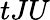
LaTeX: tJU